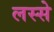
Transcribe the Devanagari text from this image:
लस्से